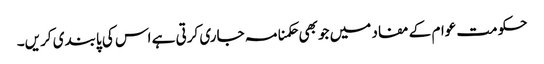
حکومت عوام کے مفاد میں جو بھی حکمنامہ جاری کرتی ہے اس کی پابندی کریں۔